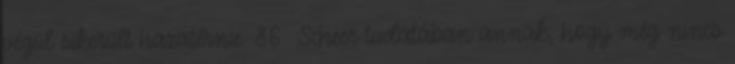
végül sikerült hazatérnie. 86 Scheer tudatában annak, hogy még nincs